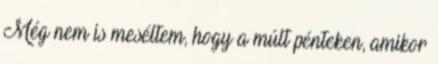
Még nem is meséltem, hogy a múlt pénteken, amikor